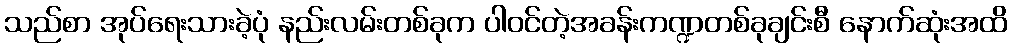
သည်စာ အုပ်ရေးသားခဲ့ပုံ နည်းလမ်းတစ်ခုက ပါဝင်တဲ့အခန်းကဏ္ဍတစ်ခုချင်းစီ နောက်ဆုံးအထိ